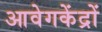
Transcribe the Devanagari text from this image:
आवेगकेंद्रों